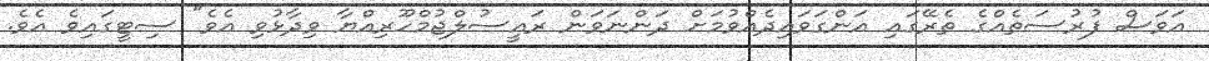
އަވަސް ފުރުސަތެއްގެ ތެރޭގައި އަންގަވައިދެއްވުމަށް ދަންނަވަން ރައީސުލްޖުމްހޫރިއްޔާ ވިދާޅުވި އެވެ" ސިޓީގައިވެ އެވެ.